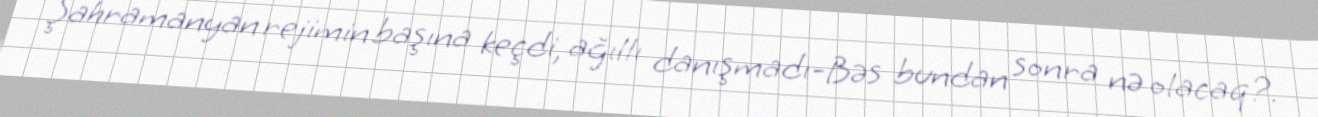
Şahramanyan rejimin başına keçdi, ağıllı danışmadı-Bəs bundan sonra nə olacaq?.